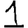
Digit: 1